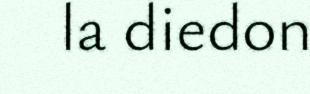
la diedon